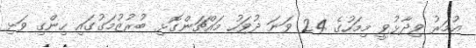
އުމަރު ވިދާޅުވީ މިމަހުގެ 24 ވަނަ ދުވަހު މައްޗަންގޮޅި ބުރުޒުމަގުގައި ހިންގި ވަޅި